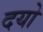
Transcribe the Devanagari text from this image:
दयो